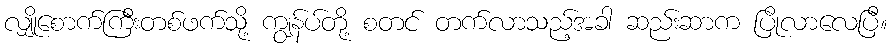
လျှိုစောက်ကြီးတစ်ဖက်သို့ ကျွန်ပ်တို့ စတင် တက်လာသည့်အခါ ဆည်းဆာက ပြိုလာလေပြီ။